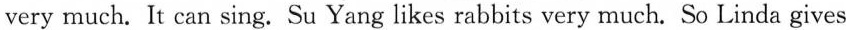
very much. It can sing. Su Yang likes rabbits very much. So Linda gives